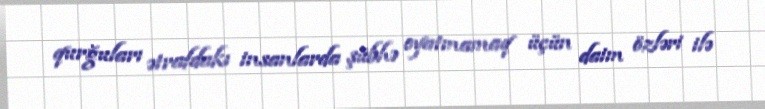
qurğuları ətrafdakı insanlarda şübhə oyatmamaq üçün daim özləri ilə